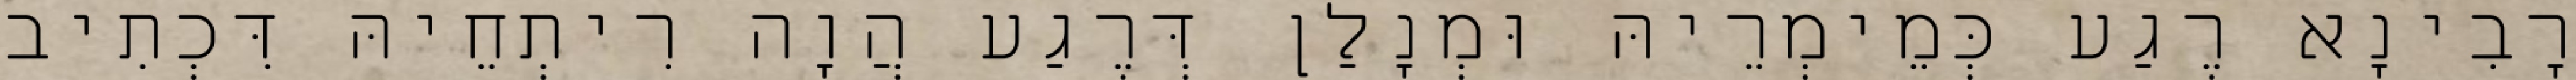
רָבִינָא רֶגַע כְּמֵימְרֵיהּ וּמְנָלַן דְּרֶגַע הֲוָה רִיתְחֵיהּ דִּכְתִיב